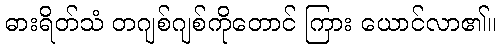
ဓားရိတ်သံ တဂျစ်ဂျစ်ကိုတောင် ကြား ယောင်လာ၏။